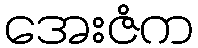
အေးဇံက